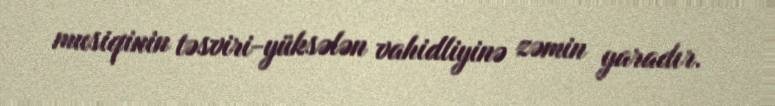
musiqinin təsviri-yüksələn vahidliyinə zəmin yaradır.